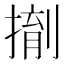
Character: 𪮌